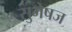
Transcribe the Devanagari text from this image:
सुभेषज